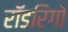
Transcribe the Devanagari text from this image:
रॉडरिगो